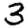
Digit: 3